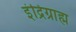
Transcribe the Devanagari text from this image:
इंद्रिग्राह्म